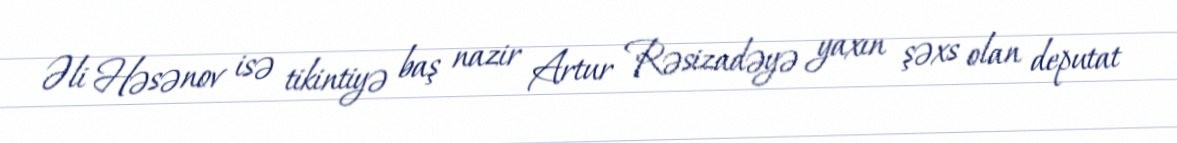
Əli Həsənov isə tikintiyə baş nazir Artur Rəsizadəyə yaxın şəxs olan deputat